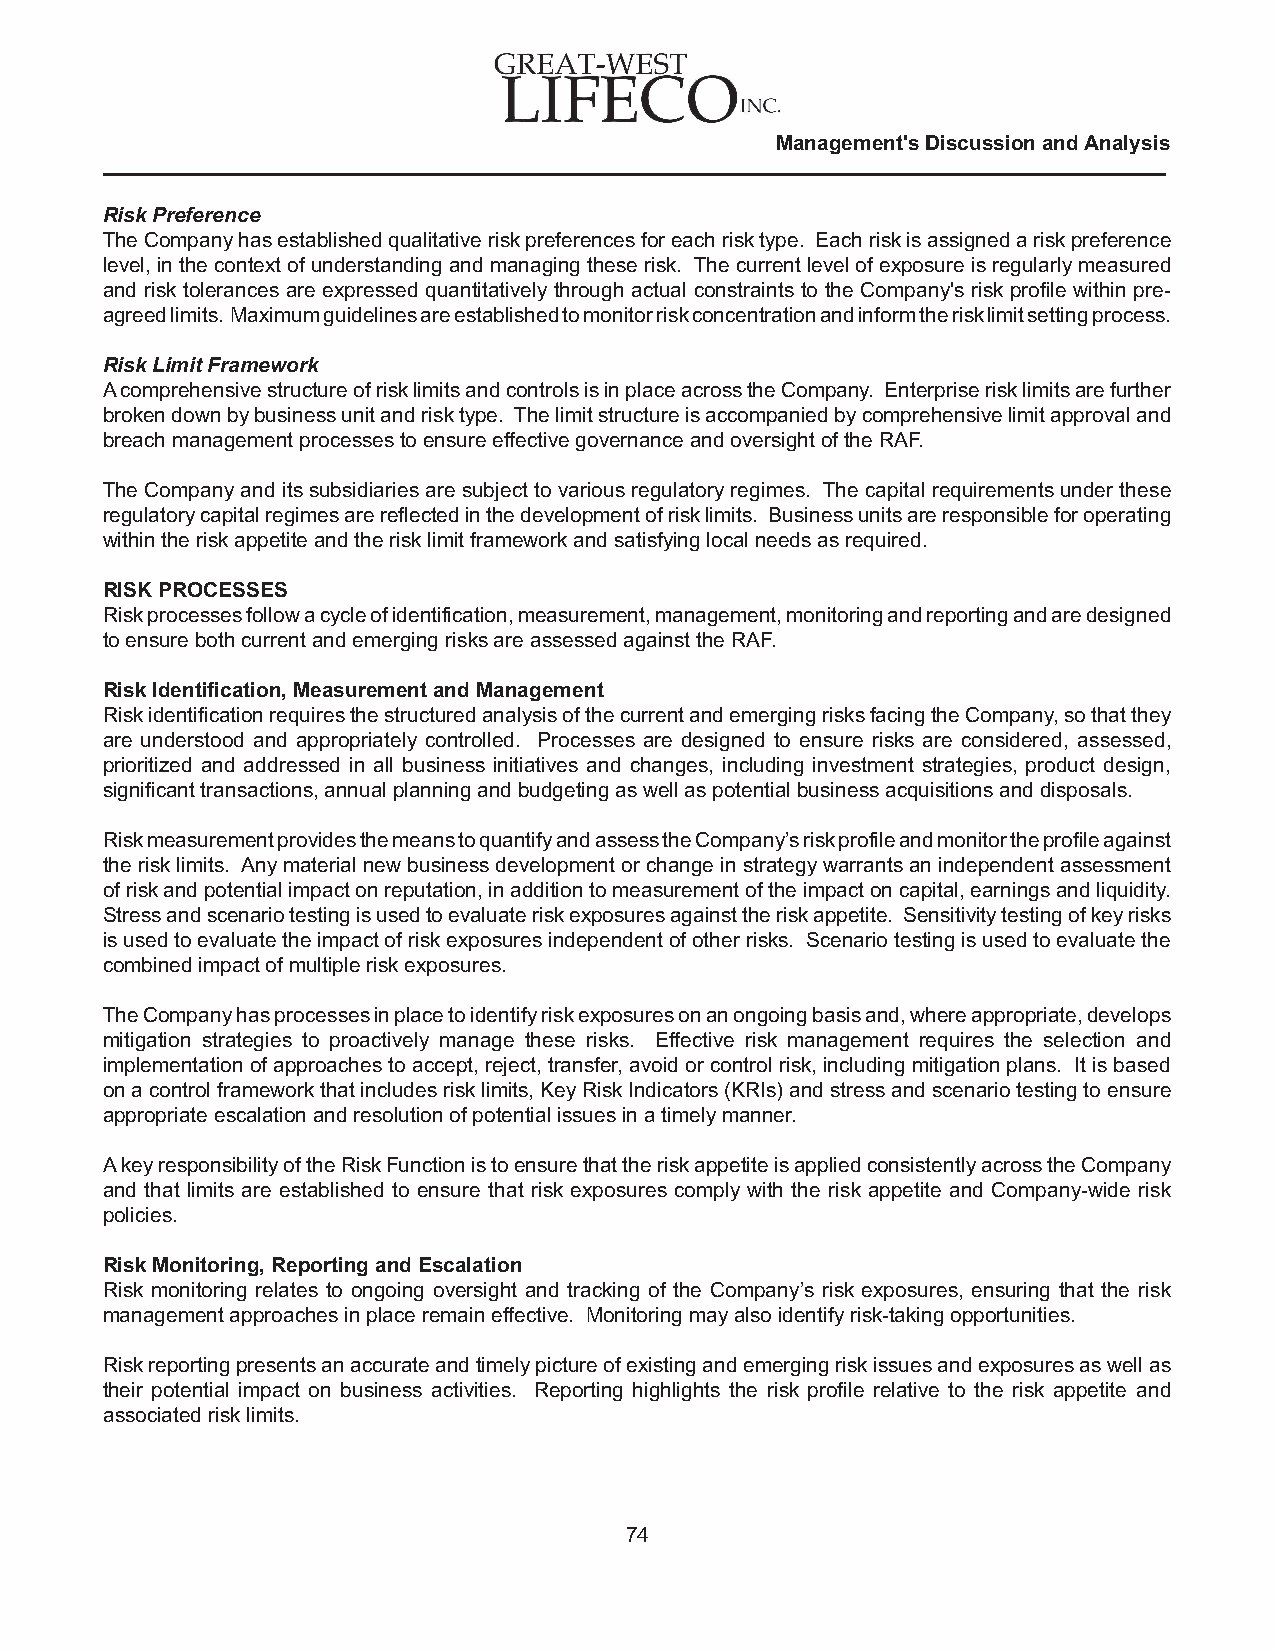
Management's Discussion and Analysis
 Risk Preference
 The Company has established qualitative risk preferences for each risk type. Each risk is assigned a risk preference
 level, in the context of understanding and managing these risk. The current level of exposure is regularly measured
 and risk tolerances are expressed quantitatively through actual constraints to the Company's risk profile within pre-
 agreed limits. Maximum guidelines are established to monitor risk concentration and inform the risk limit setting process.
 Risk Limit Framework
 A comprehensive structure of risk limits and controls is in place across the Company. Enterprise risk limits are further
 broken down by business unit and risk type. The limit structure is accompanied by comprehensive limit approval and
 breach management processes to ensure effective governance and oversight of the RAF.
 The Company and its subsidiaries are subject to various regulatory regimes. The capital requirements under these
 regulatory capital regimes are reflected in the development of risk limits. Business units are responsible for operating
 within the risk appetite and the risk limit framework and satisfying local needs as required.
 RISK PROCESSES
 Risk processes follow a cycle of identification, measurement, management, monitoring and reporting and are designed
 to ensure both current and emerging risks are assessed against the RAF.
 Risk Identification, Measurement and Management
 Risk identification requires the structured analysis of the current and emerging risks facing the Company, so that they
 are understood and appropriately controlled. Processes are designed to ensure risks are considered, assessed,
 prioritized and addressed in all business initiatives and changes, including investment strategies, product design,
 significant transactions, annual planning and budgeting as well as potential business acquisitions and disposals.
 Risk measurement provides the means to quantify and assess the Company’s risk profile and monitor the profile against
 the risk limits. Any material new business development or change in strategy warrants an independent assessment
 of risk and potential impact on reputation, in addition to measurement of the impact on capital, earnings and liquidity.
 Stress and scenario testing is used to evaluate risk exposures against the risk appetite. Sensitivity testing of key risks
 is used to evaluate the impact of risk exposures independent of other risks. Scenario testing is used to evaluate the
 combined impact of multiple risk exposures.
 The Company has processes in place to identify risk exposures on an ongoing basis and, where appropriate, develops
 mitigation strategies to proactively manage these risks. Effective risk management requires the selection and
 implementation of approaches to accept, reject, transfer, avoid or control risk, including mitigation plans. It is based
 on a control framework that includes risk limits, Key Risk Indicators (KRIs) and stress and scenario testing to ensure
 appropriate escalation and resolution of potential issues in a timely manner.
 A key responsibility of the Risk Function is to ensure that the risk appetite is applied consistently across the Company
 and that limits are established to ensure that risk exposures comply with the risk appetite and Company-wide risk
 policies.
 Risk Monitoring, Reporting and Escalation
 Risk monitoring relates to ongoing oversight and tracking of the Company’s risk exposures, ensuring that the risk
 management approaches in place remain effective. Monitoring may also identify risk-taking opportunities.
 Risk reporting presents an accurate and timely picture of existing and emerging risk issues and exposures as well as
 their potential impact on business activities. Reporting highlights the risk profile relative to the risk appetite and
 associated risk limits.
 74